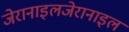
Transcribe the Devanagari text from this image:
जेरानाइलजेरानाइल